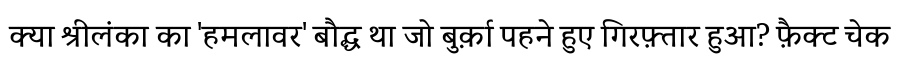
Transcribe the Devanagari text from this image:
क्या श्रीलंका का 'हमलावर' बौद्ध था जो बुर्क़ा पहने हुए गिरफ़्तार हुआ? फ़ैक्ट चेक